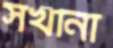
সখীনা